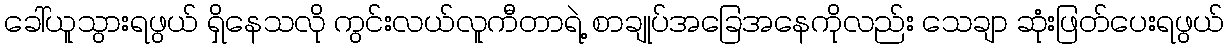
ခေါ်ယူသွားရဖွယ် ရှိနေသလို ကွင်းလယ်လူကီတာရဲ့ စာချုပ်အခြေအနေကိုလည်း သေချာ ဆုံးဖြတ်ပေးရဖွယ်